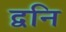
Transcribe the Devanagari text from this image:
द्वनि